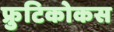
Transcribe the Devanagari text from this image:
फ्रुटिकोकस